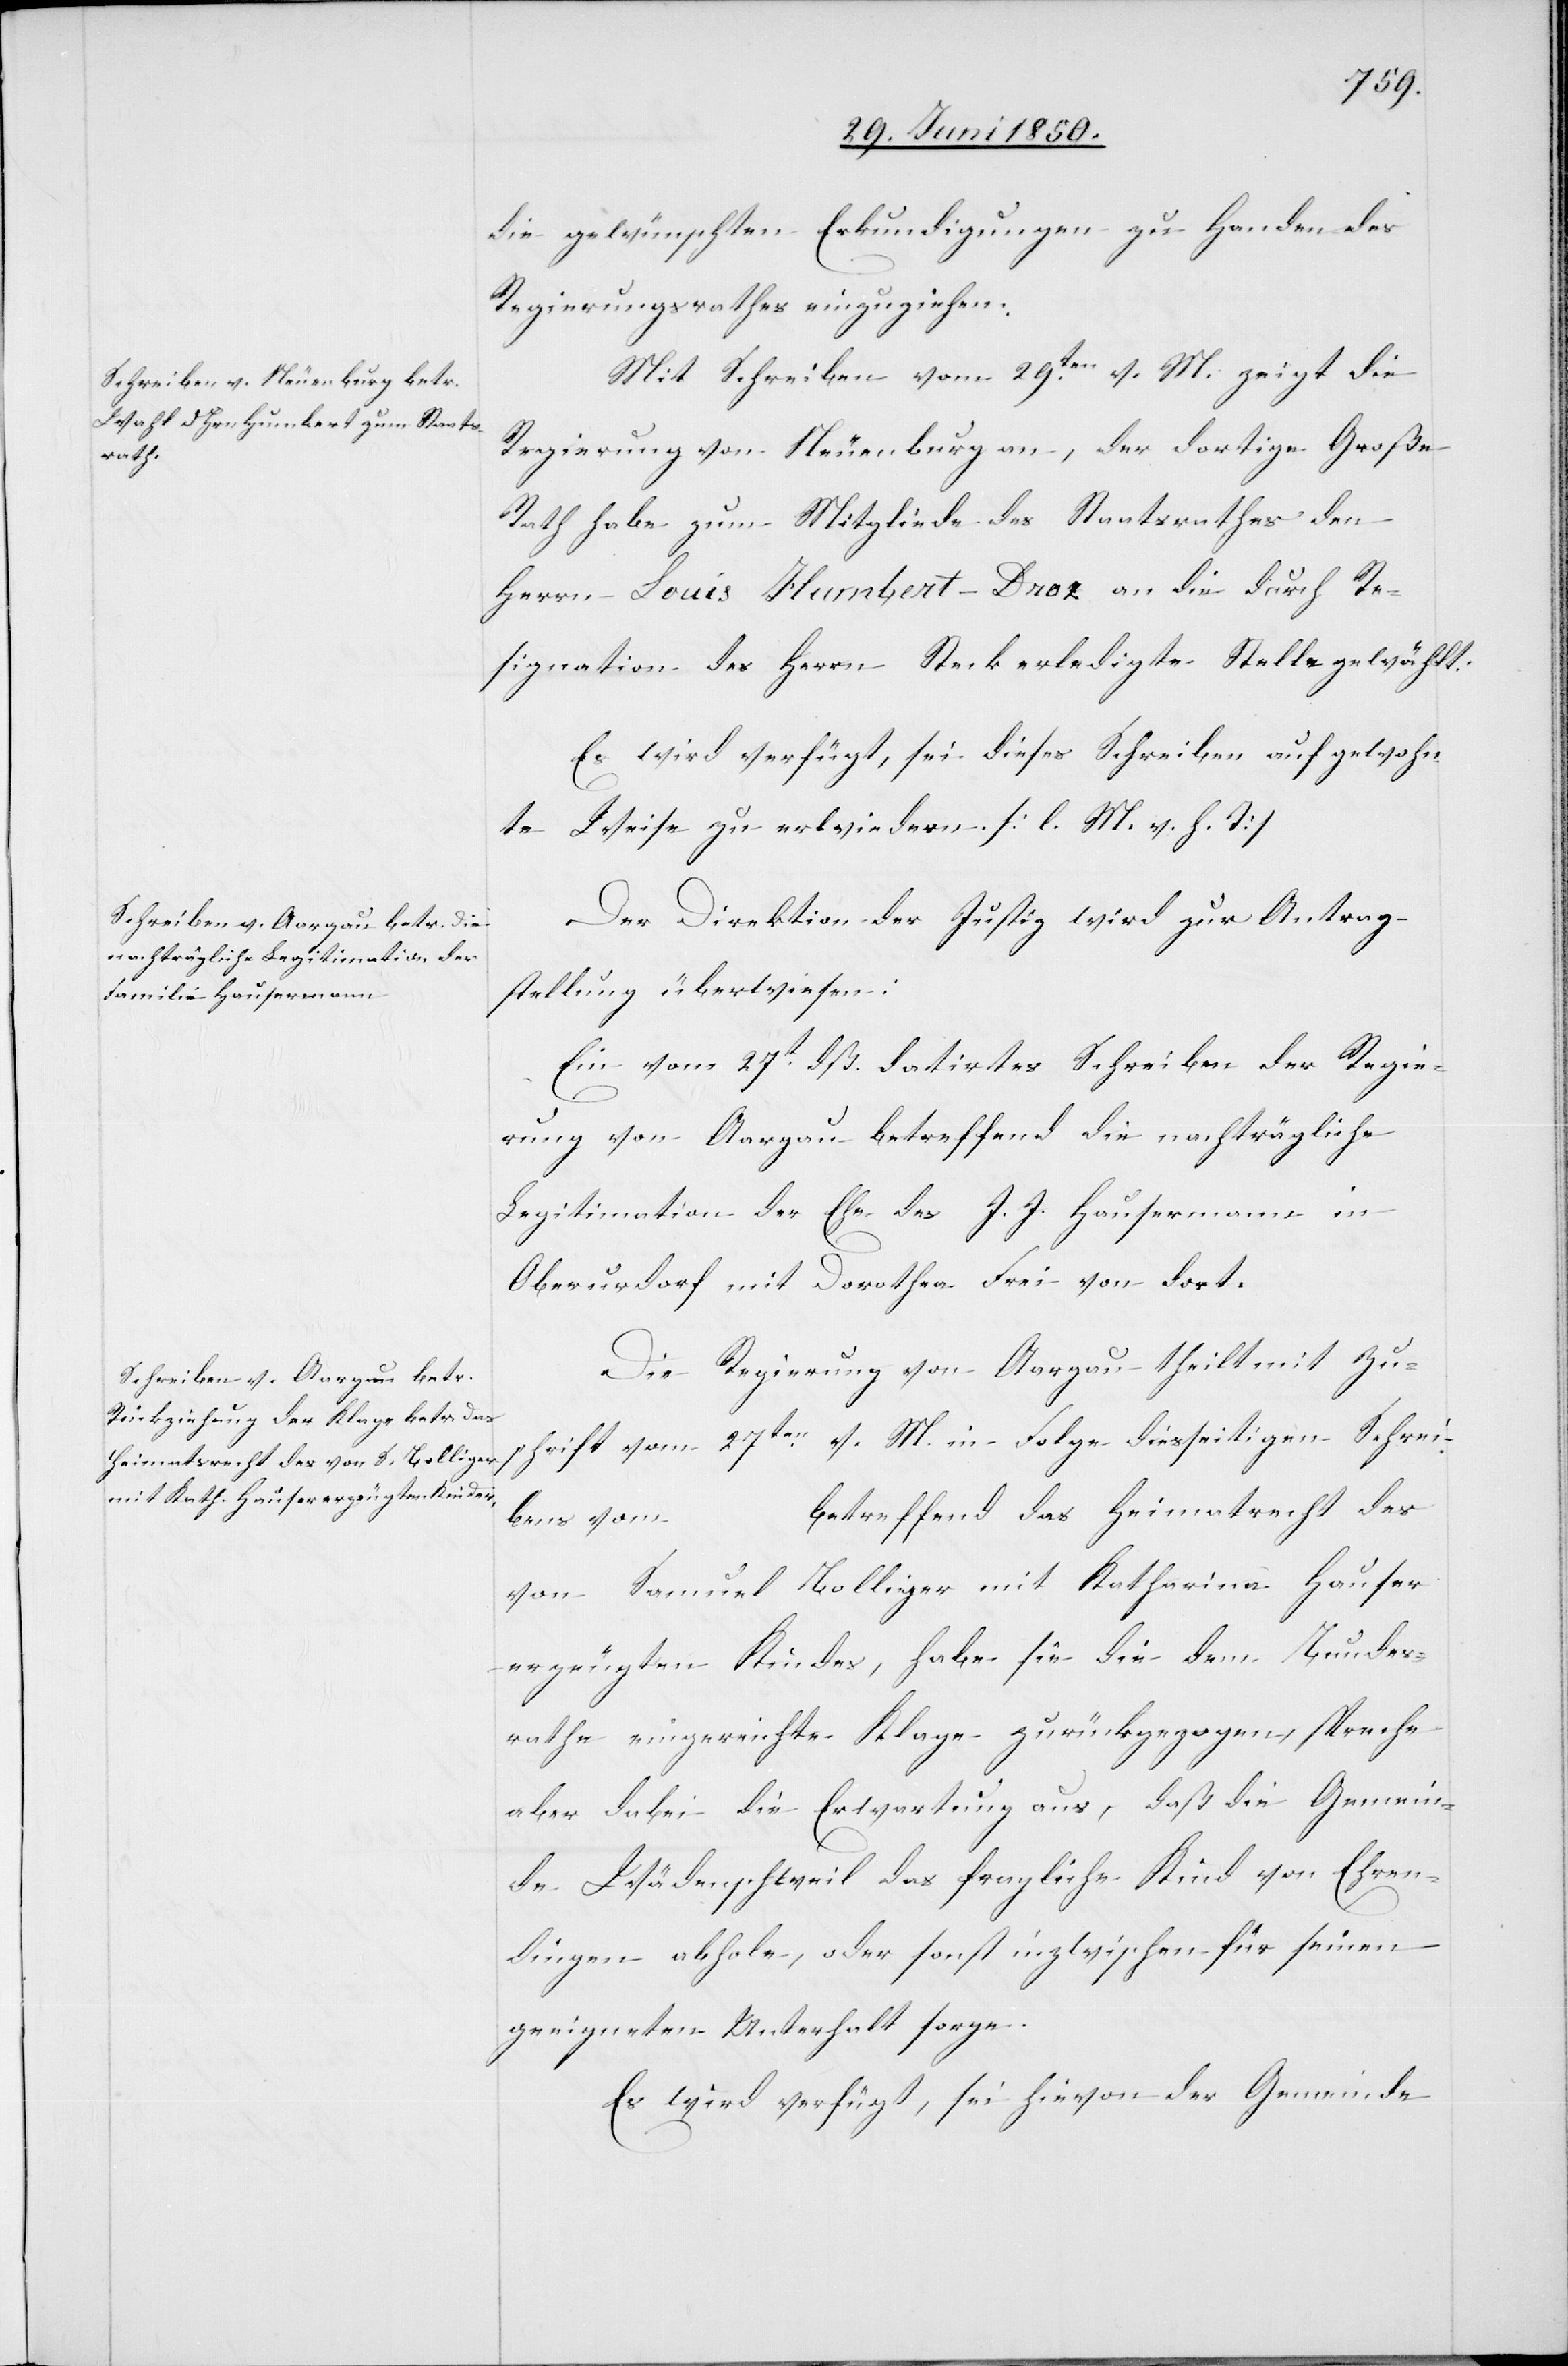
die gewünschten Erkundigungen zu Handen des
Regierungsrathes einzuziehen.
Mit Schreiben vom 29ten v. M. zeigt die
Regierung von Neuenburg an, der dortige Große
Rath habe zum Mitgliede des Staatsrathes den
Herrn Louis Humbert-Droz an die durch Re¬
signation des Herrn Steck erledigte Stelle gewählt.
Es wird verfügt, sei dieses Schreiben auf gewohn¬
te Weise zu erwiedern. [l. M. v. h. T]
Der Direktion der Justiz wird zur Antrag¬
stellung überwiesen:
Ein vom 27t dß. datirtes Schreiben der Regie¬
rung von Aargau betreffend die nachträgliche
Legitimation der Ehe des J. J. Hausermann in
Oberurdorf mit Dorothea Frei von dort.
Die Regierung von Aargau theilt mit Zu¬
schrift vom 27ten v. M. in Folge diesseitigen Schrei¬
betreffend das Heimatrecht des
bens vom
von Samuel Bolliger mit Katharina Hauser
erzeugten Kindes, habe sie die dem Bundes¬
rathe eingereichte Klage zurückgezogen, spreche
aber dabei die Erwartung aus, daß die Gemein¬
de Wädenschweil das fragliche Kind von Ehren¬
dingen abhole, oder sonst inzwischen für seinen
geeigneten Unterhalt sorge.
Es wird verfügt, sei hievon der Gemeinde